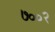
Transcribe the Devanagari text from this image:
७००२